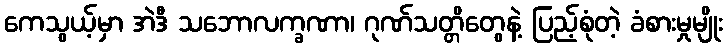
ကေသွယ့်မှာ အဲဒီ သဘောလက္ခဏာ၊ ဂုဏ်သတ္တိတွေနဲ့ ပြည့်စုံတဲ့ ခံစားမှုမျိုး